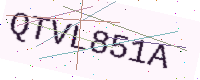
Text: QTVL851A